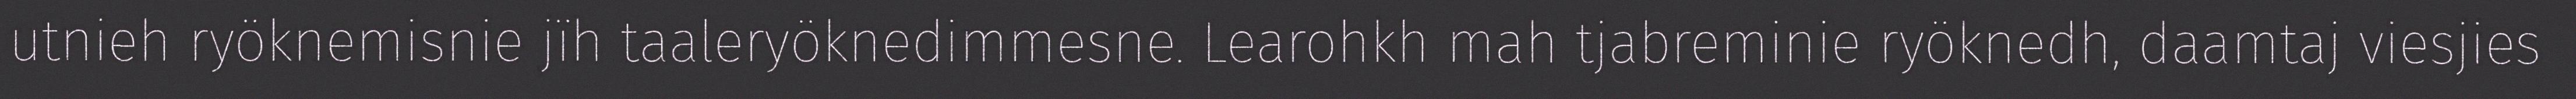
utnieh ryöknemisnie jïh taaleryöknedimmesne. Learohkh mah tjabreminie ryöknedh, daamtaj viesjies